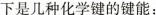
下是几种化学键的键能：